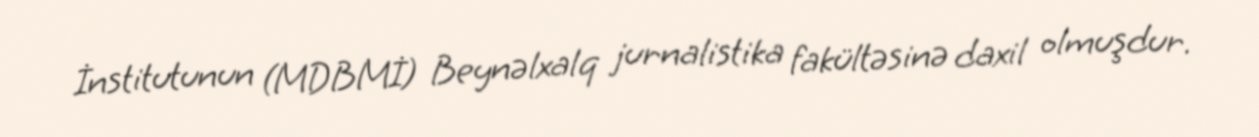
İnstitutunun (MDBMİ) Beynəlxalq jurnalistika fakültəsinə daxil olmuşdur.